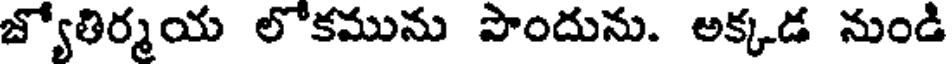
జ్యోతిర్మయ లోకమును పొందును. అక్కడ నుండి